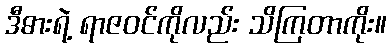
ဒီဓားရဲ့ ရာဇဝင်ကိုလည်း သိကြတာကိုး။